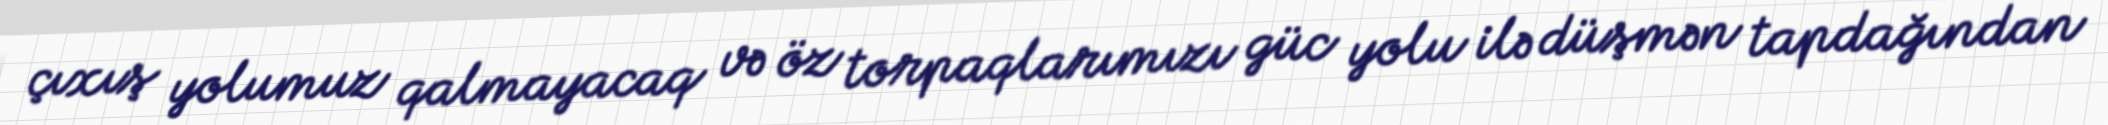
çıxış yolumuz qalmayacaq və öz torpaqlarımızı güc yolu ilə düşmən tapdağından